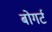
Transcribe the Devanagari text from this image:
बोगर्ट